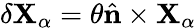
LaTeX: \delta{\mathbf{X}}_{\alpha}=\theta{\hat{\mathbf{n}}}\times{\mathbf{X}}_{\alpha}